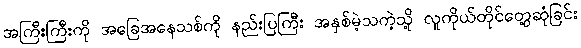
အကြီးကြီးကို အခြေအနေသစ်ကို နည်းပြကြီး အနှစ်မဲ့သကဲ့သို့ လူကိုယ်တိုင်တွေ့ဆုံခြင်း